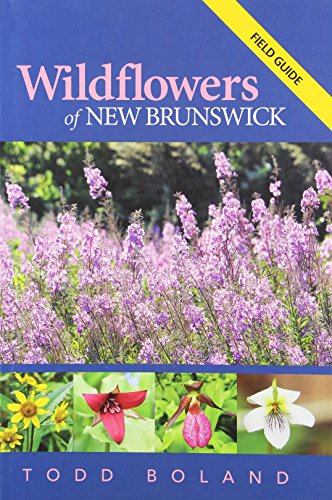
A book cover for Wildflowers of New Brunswick: Field Guide; Todd Boland; Crafts, Hobbies & Home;